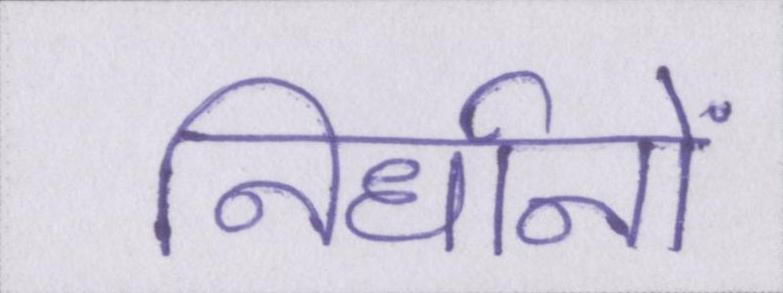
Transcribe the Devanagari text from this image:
निर्धानों